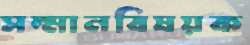
সম্মানবিষয়ক